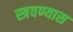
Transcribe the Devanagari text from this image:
स्त्रवण्यास